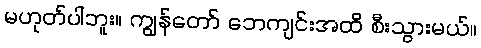
မဟုတ်ပါဘူး။ ကျွန်တော် ဘေကျင်းအထိ စီးသွားမယ်။